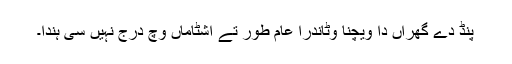
پنڈ دے گھراں دا ویچنا وٹاندرا عام طور تے اشٹاماں وچ درج نہیں سی ہُندا۔